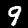
Label: 9